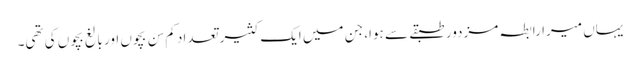
یہاں میرا رابطہ مزدور طبقے سے ہوا، جن میں ایک کثیر تعداد کم سِن بچوں اور بالغ بچوں کی تھی۔